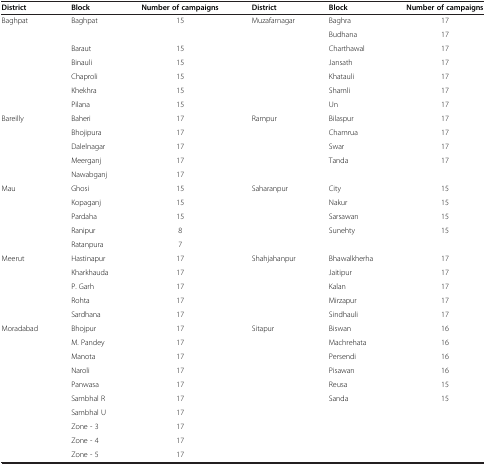
| District | Block | Number of campaigns | District | Block | Number of campaigns |
 | --- | --- | --- | --- | --- | --- |
 | <ROWSPAN=7> Baghpat | <ROWSPAN=2> Baghpat | <ROWSPAN=2> 15 | <ROWSPAN=7> Muzafarnagar | Baghra | 17 |
 | Budhana | 17 |
 | Baraut | 15 | Charthawal | 17 |
 | Binauli | 15 | Jansath | 17 |
 | Chaproli | 15 | Khatauli | 17 |
 | Khekhra | 15 | Shamli | 17 |
 | Pilana | 15 | Un | 17 |
 | <ROWSPAN=5> Bareilly | Baheri | 17 | <ROWSPAN=5> Rampur | Bilaspur | 17 |
 | Bhojipura | 17 | Chamrua | 17 |
 | Dalelnagar | 17 | Swar | 17 |
 | Meerganj | 17 | Tanda | 17 |
 | Nawabganj | 17 |  |  |
 | <ROWSPAN=5> Mau | Ghosi | 15 | <ROWSPAN=5> Saharanpur | City | 15 |
 | Kopaganj | 15 | Nakur | 15 |
 | Pardaha | 15 | Sarsawan | 15 |
 | Ranipur | 8 | Sunehty | 15 |
 | Ratanpura | 7 |  |  |
 | <ROWSPAN=5> Meerut | Hastinapur | 17 | <ROWSPAN=5> Shahjahanpur | Bhawalkherha | 17 |
 | Kharkhauda | 17 | Jaitipur | 17 |
 | P. Garh | 17 | Kalan | 17 |
 | Rohta | 17 | Mirzapur | 17 |
 | Sardhana | 17 | Sindhauli | 17 |
 | <ROWSPAN=10> Moradabad | Bhojpur | 17 | <ROWSPAN=6> Sitapur | Biswan | 16 |
 | M. Pandey | 17 | Machrehata | 16 |
 | Manota | 17 | Persendi | 16 |
 | Naroli | 17 | Pisawan | 16 |
 | Panwasa | 17 | Reusa | 15 |
 | Sambhal R | 17 | Sanda | 15 |
 | Sambhal U | 17 |  |  |  |
 | Zone - 3 | 17 |  |  |  |
 | Zone - 4 | 17 |  |  |  |
 | Zone - 5 | 17 |  |  |  |